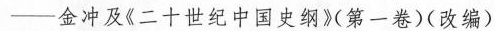
-金冲及《二十世纪中国史纲》第一卷)(改编)